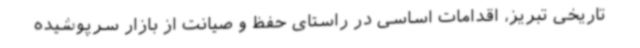
تاریخی تبریز، اقدامات اساسی در راستای حفظ و صیانت از بازار سرپوشیده